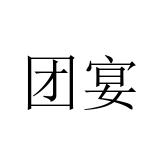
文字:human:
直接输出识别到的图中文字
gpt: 团宴